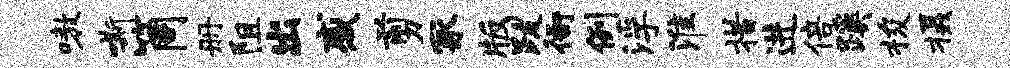
嗷嘶筒册阻出感剪冢版跋衙例浮淮措进倍蹊梭摄